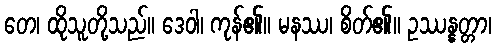
တေ၊ ထိုသူတို့သည်။ ဒေဝါ၊ ကုန်၏။ မနဿ၊ စိတ်၏။ ဥဿန္နတ္တာ၊